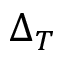
\Delta _ { T }